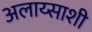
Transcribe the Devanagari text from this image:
अलाय्साशी